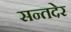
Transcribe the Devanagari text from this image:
सन्तदेर